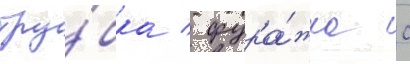
тру́бка / фура́жка с